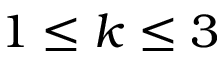
1 \leq k \leq 3